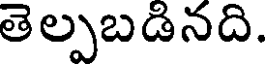
తెల్పబడినది.